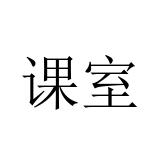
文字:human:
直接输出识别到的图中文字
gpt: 课室